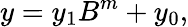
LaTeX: y=y_{1}B^{m}+y_{0},